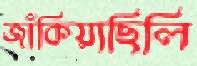
জাঁকিয়াছিলি